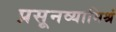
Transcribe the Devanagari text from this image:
प्रसूनव्यामिश्रं